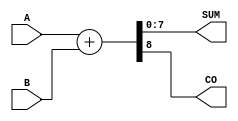
module parameterized_adder #(
    parameter WIDTH = 8  // Default bit width is set to 8
)(
    input  wire [WIDTH-1:0] A,    // Input A
    input  wire [WIDTH-1:0] B,    // Input B
    output wire [WIDTH-1:0] SUM,   // Output SUM
    output wire                CO    // Carry Out
);

    // Calculate SUM and Carry Out
    assign {CO, SUM} = A + B;  // Concatenate the carry out with the sum

endmodule